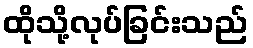
ထိုသို့လုပ်ခြင်းသည်